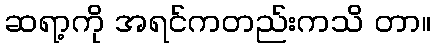
ဆရာ့ကို အရင်ကတည်းကသိ တာ။